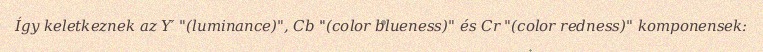
Így keletkeznek az Y′ "(luminance)", Cb "(color blueness)" és Cr "(color redness)" komponensek: